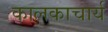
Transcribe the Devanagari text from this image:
कालकाचार्य